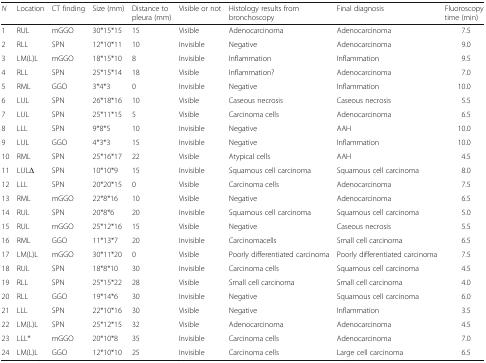
<table><thead><tr><td><b><i>N</i></b></td><td><b>Location</b></td><td><b>CT finding</b></td><td><b>Size (mm)</b></td><td><b>Distance to pleura (mm)</b></td><td><b>Visible or not</b></td><td><b>Histology results from bronchoscopy</b></td><td><b>Final diagnosis</b></td><td><b>Fluoroscopy time (min)</b></td></tr></thead><tbody><tr><td>1</td><td>RUL</td><td>mGGO</td><td>30*15*15</td><td>15</td><td>Visible</td><td>Adenocarcinoma</td><td>Adenocarcinoma</td><td>7.5</td></tr><tr><td>2</td><td>RLL</td><td>SPN</td><td>12*10*11</td><td>10</td><td>Invisible</td><td>Negative</td><td>Adenocarcinoma</td><td>9.0</td></tr><tr><td>3</td><td>LM(L)L</td><td>mGGO</td><td>18*15*10</td><td>8</td><td>Invisible</td><td>Inflammation</td><td>Inflammation</td><td>9.5</td></tr><tr><td>4</td><td>RLL</td><td>SPN</td><td>25*15*14</td><td>18</td><td>Visible</td><td>Inflammation?</td><td>Adenocarcinoma</td><td>7.0</td></tr><tr><td>5</td><td>RML</td><td>GGO</td><td>3*4*3</td><td>0</td><td>Invisible</td><td>Negative</td><td>Inflammation</td><td>10.0</td></tr><tr><td>6</td><td>LUL</td><td>SPN</td><td>26*18*16</td><td>10</td><td>Visible</td><td>Caseous necrosis</td><td>Caseous necrosis</td><td>5.5</td></tr><tr><td>7</td><td>LUL</td><td>SPN</td><td>25*11*15</td><td>5</td><td>Visible</td><td>Carcinoma cells</td><td>Adenocarcinoma</td><td>6.5</td></tr><tr><td>8</td><td>LLL</td><td>SPN</td><td>9*8*5</td><td>10</td><td>Invisible</td><td>Negative</td><td>AAH</td><td>10.0</td></tr><tr><td>9</td><td>LUL</td><td>GGO</td><td>4*3*3</td><td>15</td><td>Invisible</td><td>Negative</td><td>Inflammation</td><td>10.0</td></tr><tr><td>10</td><td>RML</td><td>SPN</td><td>25*16*17</td><td>22</td><td>Visible</td><td>Atypical cells</td><td>AAH</td><td>4.5</td></tr><tr><td>11</td><td>LULΔ</td><td>SPN</td><td>10*10*9</td><td>15</td><td>Invisible</td><td>Squamous cell carcinoma</td><td>Squamous cell carcinoma</td><td>8.0</td></tr><tr><td>12</td><td>LLL</td><td>SPN</td><td>20*20*15</td><td>0</td><td>Visible</td><td>Carcinoma cells</td><td>Adenocarcinoma</td><td>7.5</td></tr><tr><td>13</td><td>RML</td><td>mGGO</td><td>22*8*16</td><td>10</td><td>Visible</td><td>Negative</td><td>Adenocarcinoma</td><td>6.5</td></tr><tr><td>14</td><td>RUL</td><td>SPN</td><td>20*8*6</td><td>20</td><td>Invisible</td><td>Squamous cell carcinoma</td><td>Squamous cell carcinoma</td><td>5.0</td></tr><tr><td>15</td><td>RUL</td><td>mGGO</td><td>25*12*16</td><td>15</td><td>Visible</td><td>Negative</td><td>Caseous necrosis</td><td>5.5</td></tr><tr><td>16</td><td>RML</td><td>GGO</td><td>11*13*7</td><td>20</td><td>Invisible</td><td>Carcinomacells</td><td>Small cell carcinoma</td><td>6.5</td></tr><tr><td>17</td><td>LM(L)L</td><td>mGGO</td><td>30*11*20</td><td>0</td><td>Visible</td><td>Poorly differentiated carcinoma</td><td>Poorly differentiated carcinoma</td><td>7.5</td></tr><tr><td>18</td><td>RUL</td><td>SPN</td><td>18*8*10</td><td>30</td><td>Invisible</td><td>Carcinoma cells</td><td>Squamous cell carcinoma</td><td>4.5</td></tr><tr><td>19</td><td>RLL</td><td>SPN</td><td>25*15*22</td><td>28</td><td>Visible</td><td>Small cell carcinoma</td><td>Small cell carcinoma</td><td>4.0</td></tr><tr><td>20</td><td>RLL</td><td>GGO</td><td>19*14*6</td><td>30</td><td>Invisible</td><td>Negative</td><td>Squamous cell carcinoma</td><td>6.0</td></tr><tr><td>21</td><td>LLL</td><td>SPN</td><td>22*10*16</td><td>30</td><td>Visible</td><td>Negative</td><td>Inflammation</td><td>3.5</td></tr><tr><td>22</td><td>LM(L)L</td><td>SPN</td><td>25*12*15</td><td>32</td><td>Visible</td><td>Adenocarcinoma</td><td>Adenocarcinoma</td><td>4.5</td></tr><tr><td>23</td><td>LLL*</td><td>mGGO</td><td>20*10*8</td><td>35</td><td>Invisible</td><td>Carcinoma cells</td><td>Adenocarcinoma</td><td>7.0</td></tr><tr><td>24</td><td>LM(L)L</td><td>GGO</td><td>12*10*10</td><td>25</td><td>Invisible</td><td>Carcinoma cells</td><td>Large cell carcinoma</td><td>6.5</td></tr></tbody></table>